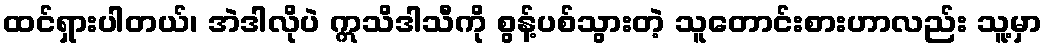
ထင်ရှားပါတယ်၊ အဲဒါလိုပဲ ဣသိဒါသီကို စွန့်ပစ်သွားတဲ့ သူတောင်းစားဟာလည်း သူ့မှာ